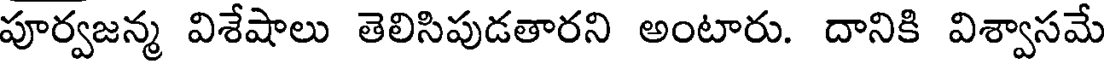
పూర్వజన్మ విశేషాలు తెలిసిపుడతారని అంటారు. దానికి విశ్వాసమే